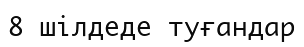
8 шілдеде туғандар